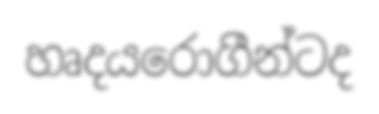
හෘදයරොගීන්ටද